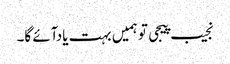
نجیب پیجی تو ہمیں بہت یادآئے گا۔